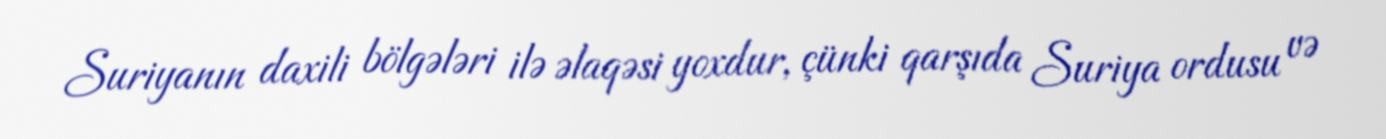
Suriyanın daxili bölgələri ilə əlaqəsi yoxdur, çünki qarşıda Suriya ordusu və